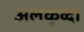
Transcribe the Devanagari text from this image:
अलकुव्दा